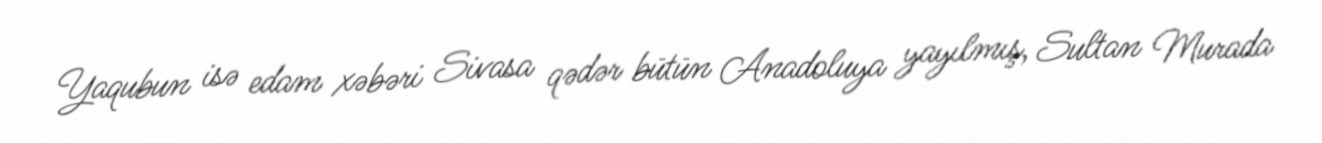
Yaqubun isə edam xəbəri Sivasa qədər bütün Anadoluya yayılmış, Sultan Murada